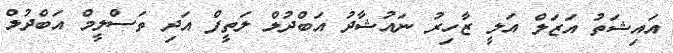
އައިޝަތު އަޒަލް އަލީ ޒާހިރު ނައުޝާދު އަބްދުލް ލަތީފް އަދި ތަސްލީމް އަބްދުލް